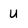
Character: u